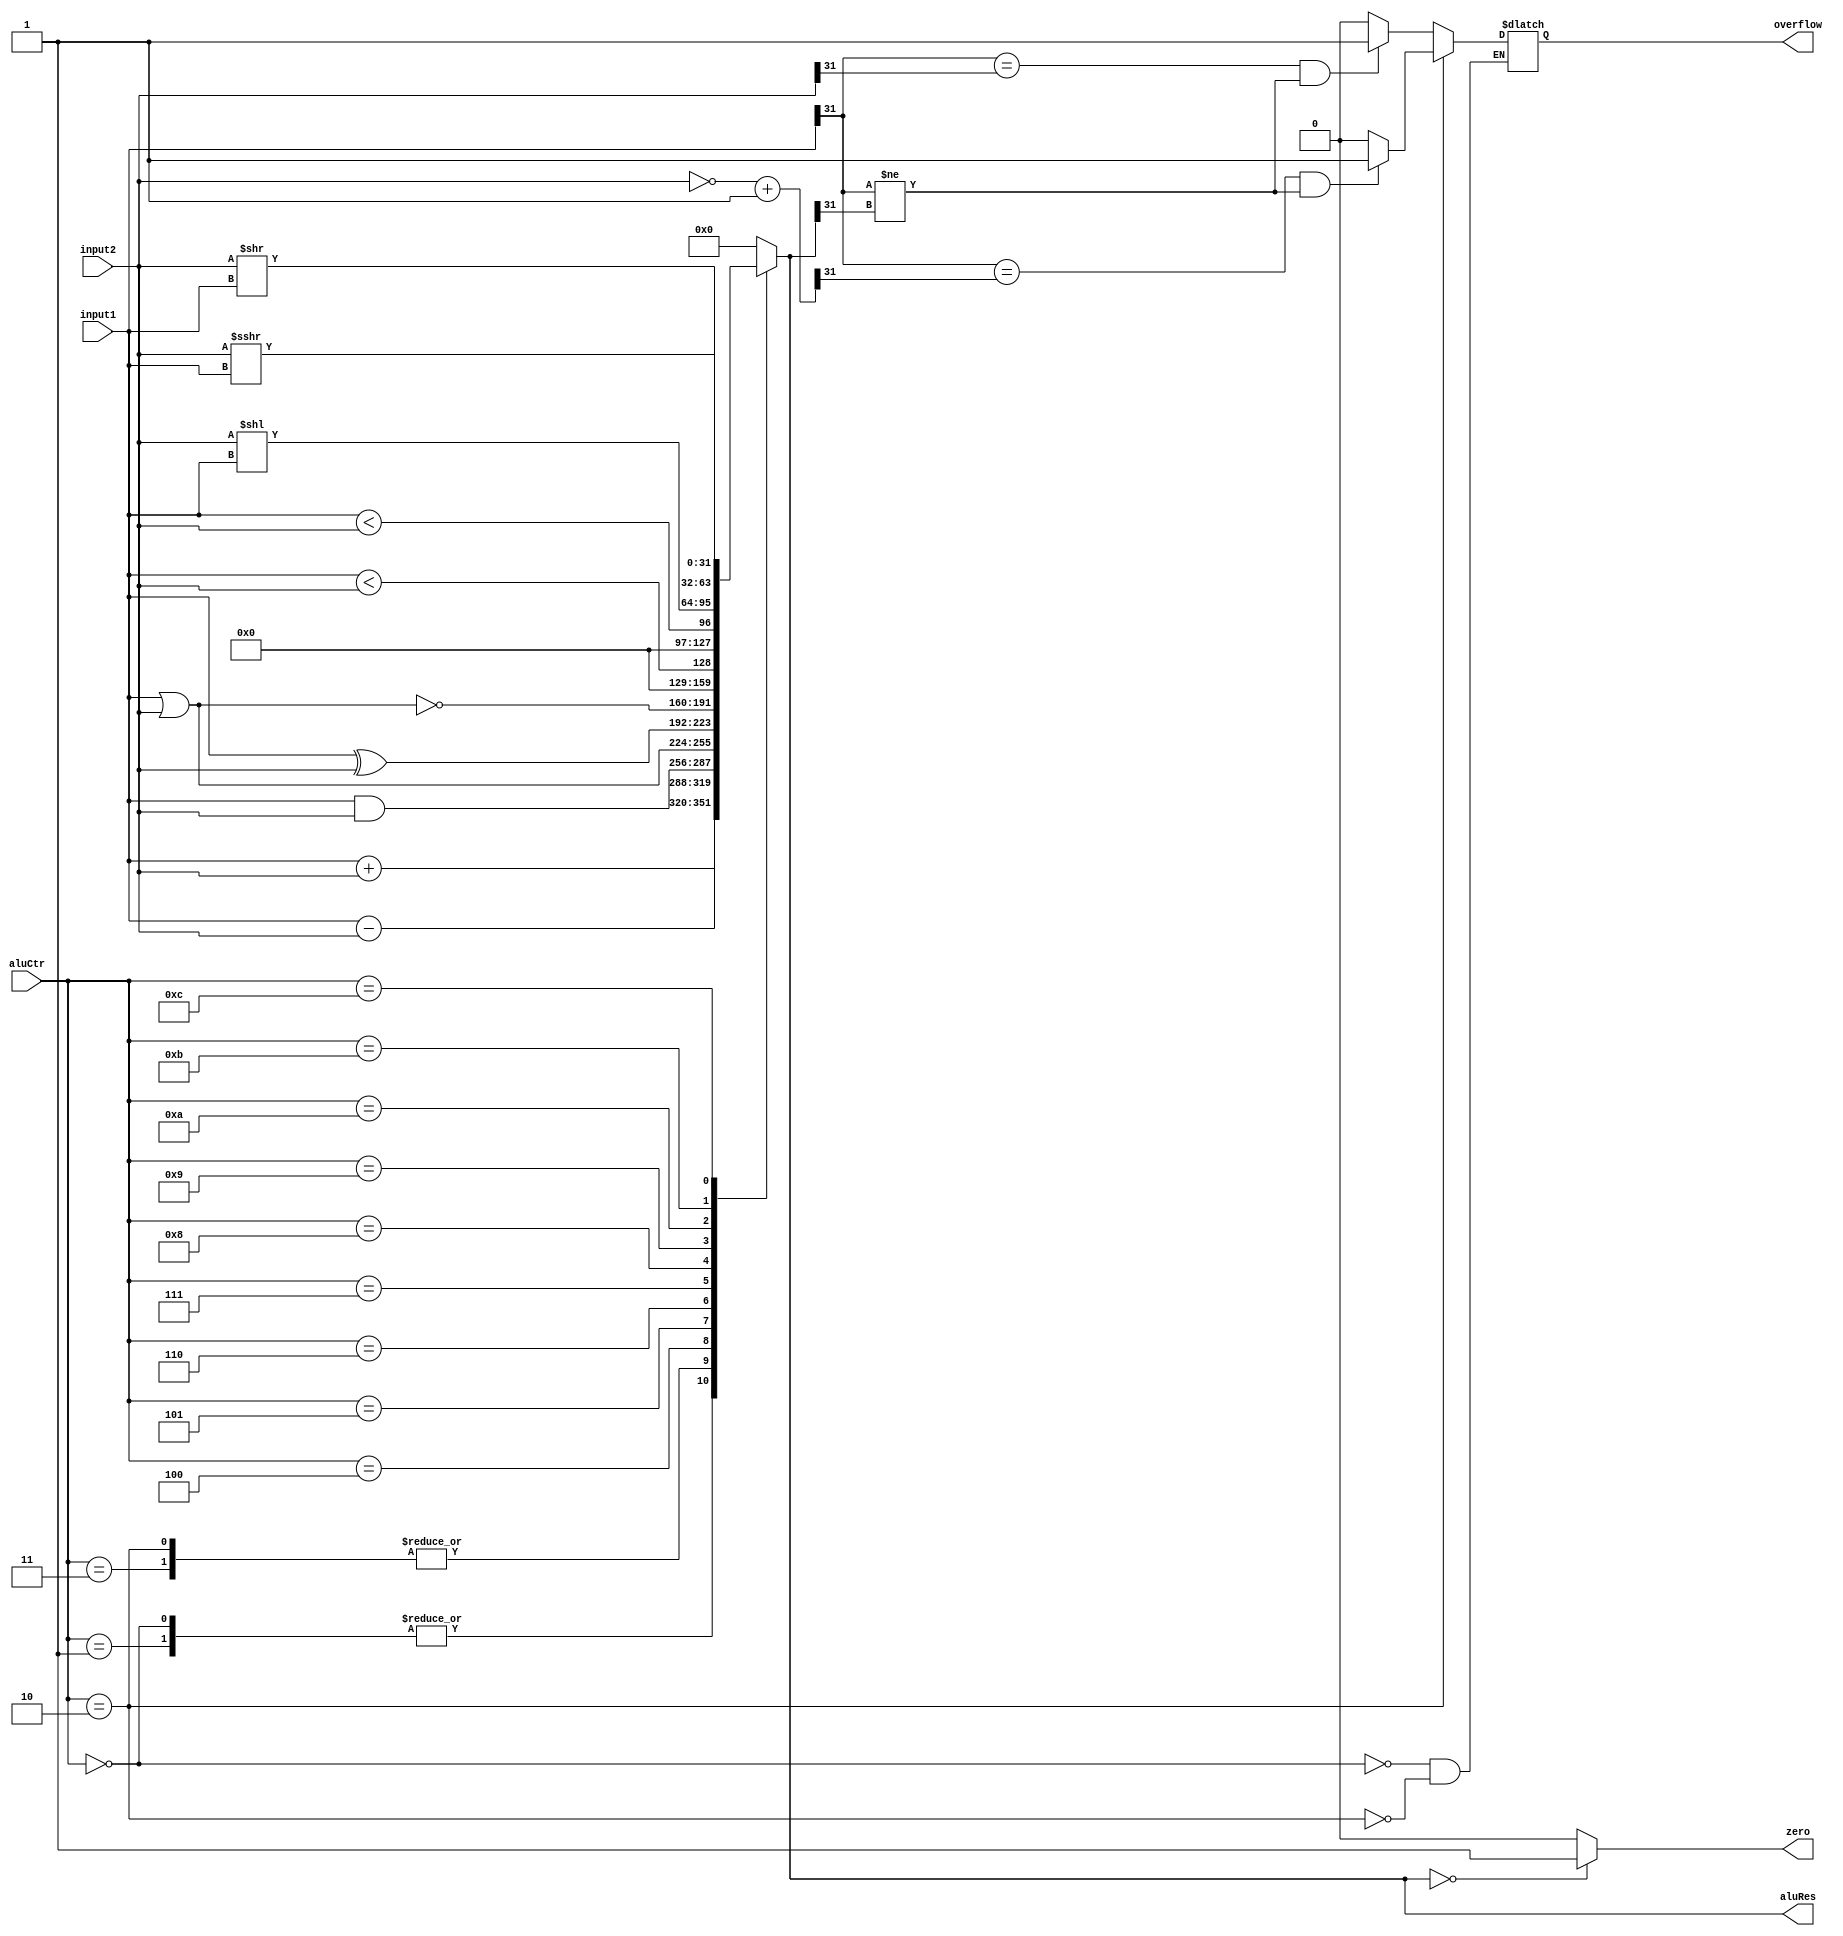
`timescale 1ns / 1ps
//////////////////////////////////////////////////////////////////////////////////
// Company: 
// Engineer: 
// 
// Design Name: 
// Module Name: ALU
// Project Name: 
// Target Devices: 
// Tool Versions: 
// Description: 
// 
// Dependencies: 
// 
// Revision:
// Revision 0.01 - File Created
// Additional Comments:
// 
//////////////////////////////////////////////////////////////////////////////////


module ALU(
    input [31:0] input1,
    input [31:0] input2,
    input [3:0] aluCtr,
    output zero,
    output overflow,
    output [31:0] aluRes
    );
    reg Zero;
    reg Overflow;
    reg [31:0] ALURes;
//    reg [31:0] Input1;
//    reg[31:0]Input2;
    always @ (input1 or input2 or aluCtr)
    begin
        case(aluCtr)
            4'b0000://add with overflow
            begin
                ALURes=input1+input2;
                if((input1>>31)==(input2>>31)&&(input1>>31)!=(aluRes>>31))
                Overflow=1;
                else Overflow=0;
            end
            4'b0001:ALURes=input1+input2;//add
            4'b0010://sub with overflow
            begin
                ALURes=input1-input2;
                if((input1>>31)==((~input2+1)>>31)&&(input1>>31)!=(aluRes>>31))
                Overflow=1;
                else Overflow=0;
            end
            4'b0011:ALURes=input1-input2;//sub
            4'b0100:ALURes=input1&input2;//and
            4'b0101:ALURes=input1|input2;//or
            4'b0110:ALURes=input1^input2;//xor
            4'b0111:ALURes=~(input1|input2);//nor
            4'b1000:ALURes=($signed(input1)<$signed(input2));//slt
            4'b1001:ALURes=(input1<input2);//unsigned slt
            4'b1010:ALURes=(input2<<input1);//left-shift
            4'b1011:ALURes=(input2>>input1);//right-shift
            4'b1100:ALURes=($signed(input2)>>>input1);
            default:ALURes=0;

        endcase
        if(ALURes==0)
            Zero=1;
        else
            Zero=0;
    end
    assign zero=Zero;
    assign overflow=Overflow;
    assign aluRes=ALURes;
//    assign input1=Input1;
//    assign input2=Input2;
endmodule